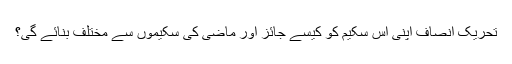
تحریک انصاف اپنی اس سکیم کو کیسے جائز اور ماضی کی سکیموں سے مختلف بنائے گی؟